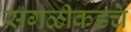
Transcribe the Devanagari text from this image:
सगळीकडचे